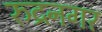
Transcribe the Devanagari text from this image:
रुद्रनगर